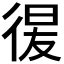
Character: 𢔕